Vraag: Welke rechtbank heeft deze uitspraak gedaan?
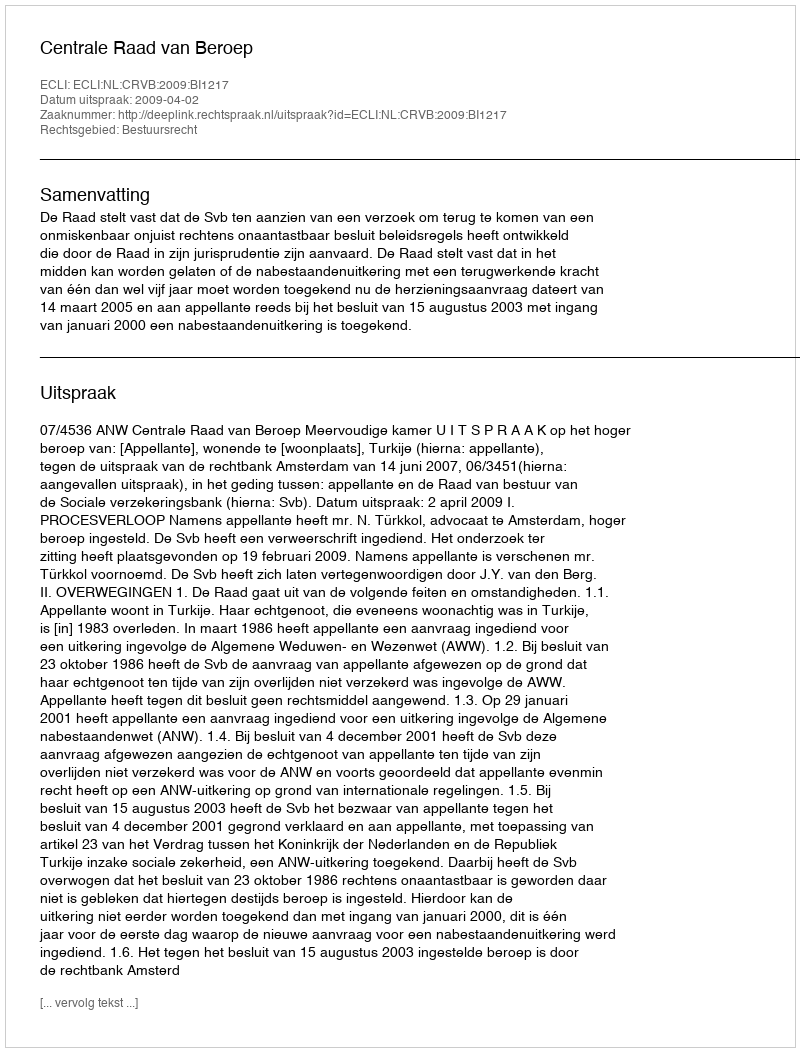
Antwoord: Centrale Raad van Beroep